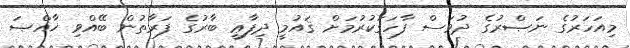
މިއަހަރުގެ ނަޞްރުގެ ދުވަސް ފާހަގަކުރުމަށް ޤައުމީ ދިފާޢީ ބާރުގެ ފަރާތުން ބޭއްވި ޚާއްޞަ